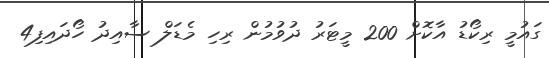
ގައުމީ ރިކޯޑު އާކޮށް 200 މީޓަރު ދުވުމުން ރިހި މެޑަލް ސާއިދު ހޯދައިފި4